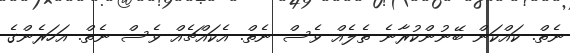
ނެތް. ކައްކަން ބޭނުންކުރާނެ ތެލެއް ވެސް ނެތް. އެކައްޗެއް ވެސް ނެތް. އަހަރެންގެ